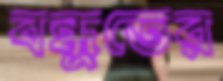
বন্ধুতের